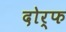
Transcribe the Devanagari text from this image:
दोर्फ